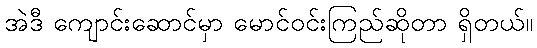
အဲဒီ ကျောင်းဆောင်မှာ မောင်ဝင်းကြည်ဆိုတာ ရှိတယ်။